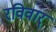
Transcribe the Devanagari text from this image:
रविवार्